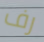
رف